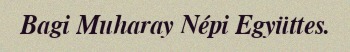
Bagi Muharay Népi Együttes.